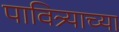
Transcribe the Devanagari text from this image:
पावित्र्याच्या